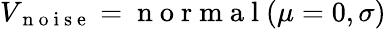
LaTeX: V_{\mathrm{~n~o~i~s~e~}}=\mathrm{~n~o~r~m~a~l~}(\mu=0,\sigma)